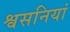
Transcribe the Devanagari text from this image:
श्वसनियां